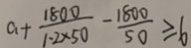
a + \frac { 1 8 0 0 } { 1 \cdot 2 \times 5 0 } - \frac { 1 8 0 0 } { 5 0 } \geq 6